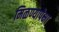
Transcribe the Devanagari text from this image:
मिळण्यापेक्षा